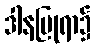
ဒါနပြုရာ၌